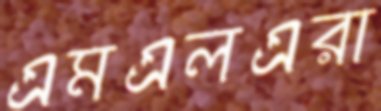
এমএলএরা